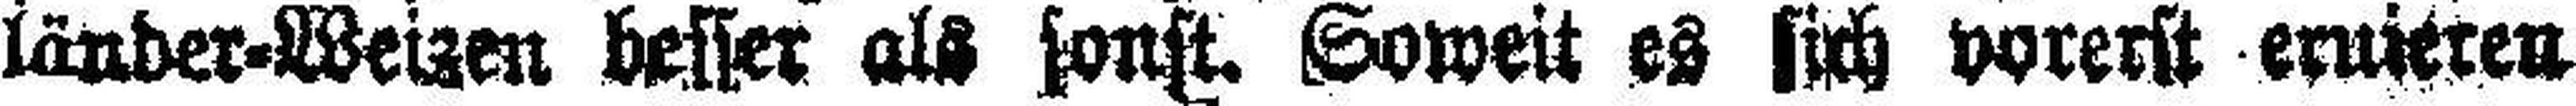
länder=Weizen besser als sonst. Soweit es sich vorerst eruieren